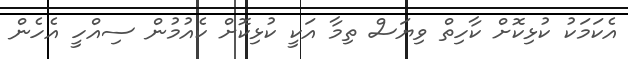
އެކަމަކު ކުޅިކޮށް ކާހިތް ވިޔަސް ތިމާ އަކީ ކުޅިކޮށް ކެއުމުން ސިއްހީ އެހެން